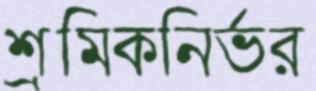
শ্রমিকনির্ভর